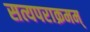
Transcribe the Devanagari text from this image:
सत्यपराक्रमम्